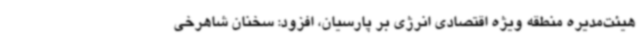
هیئت‌مدیره منطقه ویژه اقتصادی انرژی بر پارسیان، افزود: سخنان شاهرخی